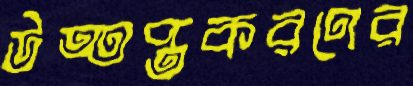
উত্তপ্তকরণের